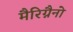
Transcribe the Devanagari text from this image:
मैरिग्नैनो